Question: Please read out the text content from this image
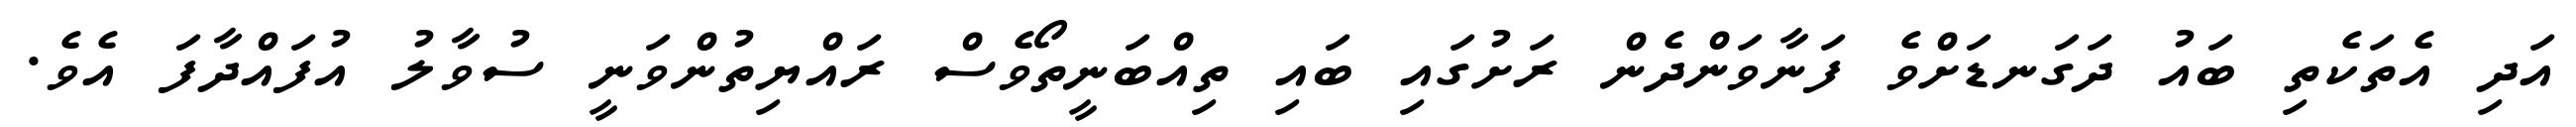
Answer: އަދި އެތަކެތި ބައު ދަގަނޑަށްވެ ފަނާވަންދެން ރަށުގައި ބައި ތިއްބަނީތޯވެސް ރައްޔިތުންވަނީ ސުވާލު އުފައްދާފަ އެވެ.